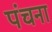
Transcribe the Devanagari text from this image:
पंचना